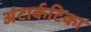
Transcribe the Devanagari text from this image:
अंटार्कटिका